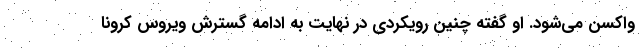
واکسن می‌شود. او گفته چنین رویکردی در نهایت به ادامه گسترش ویروس کرونا